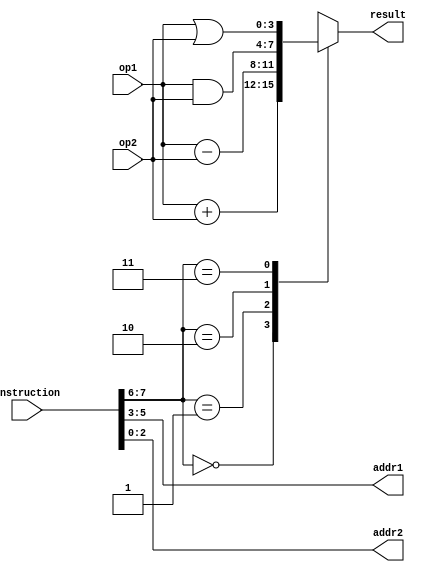
`timescale 1ns / 1ps

module alu(
           input [7:0] instruction,
           input [3:0] op1,
            input [3:0] op2,
            output reg  [3:0] result,
            output  [2:0] addr1,
             output  [2:0] addr2
          );
wire [1:0] opcode;
                    
assign addr2=instruction[2:0];
assign addr1=instruction[5:3];
assign opcode=instruction[7:6];

always @(*)
       begin
        case(opcode)
        2'b00: result=op1+op2;
        2'b01: result=op1-op2;
        2'b10: result=op1&op2;
        2'b11: result=op1|op2;
        endcase
       end
                          
          
endmodule